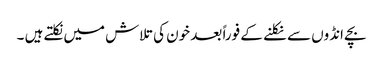
بچے انڈوں سے نکلنے کے فوراً بعد خون کی تلاش میں نکلتے ہیں ۔